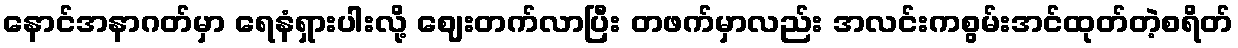
နောင်အနာဂတ်မှာ ရေနံရှားပါးလို့ ဈေးတက်လာပြီး တဖက်မှာလည်း အလင်းကစွမ်းအင်ထုတ်တဲ့စရိတ်